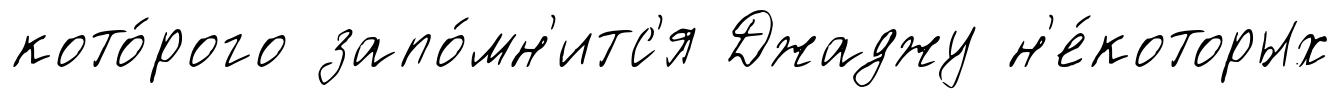
кото́рого запо́мн'итс'я Джаджу н'е́которых